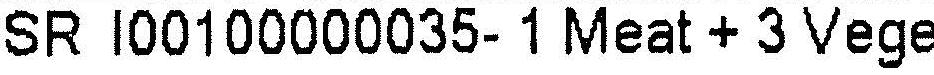
SR I00100000035- 1 MEAT + 3 VEGE